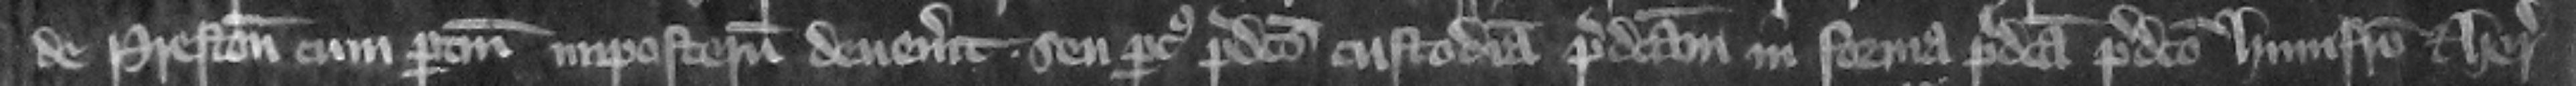
de Preston cum pertinencis imposterum deuenerit seu parcus predictus custodiam predictam in forma predicta predicto Humfrido et heredibus